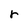
Character: r